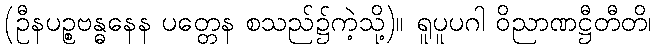
(ဦနပဉ္စဗန္ဓနေန ပတ္တေန စသည်၌ကဲ့သို့)။ ရူပူပဂါ ဝိညာဏဋ္ဌီတီတိ၊